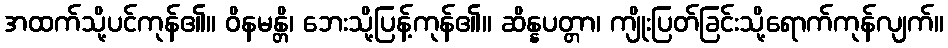
အထက်သို့ပင်ကုန်၏။ ဝိနမန္တိ၊ ဘေးသို့ပြန့်ကုန်၏။ ဆိန္နပတ္တာ၊ ကျိုးပြတ်ခြင်းသို့ရောက်ကုန်လျက်။